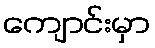
ကျောင်းမှာ